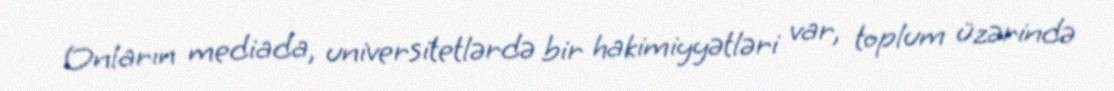
Onların mediada, universitetlərdə bir hakimiyyətləri var, toplum üzərində